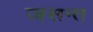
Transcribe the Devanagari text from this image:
जसन्त